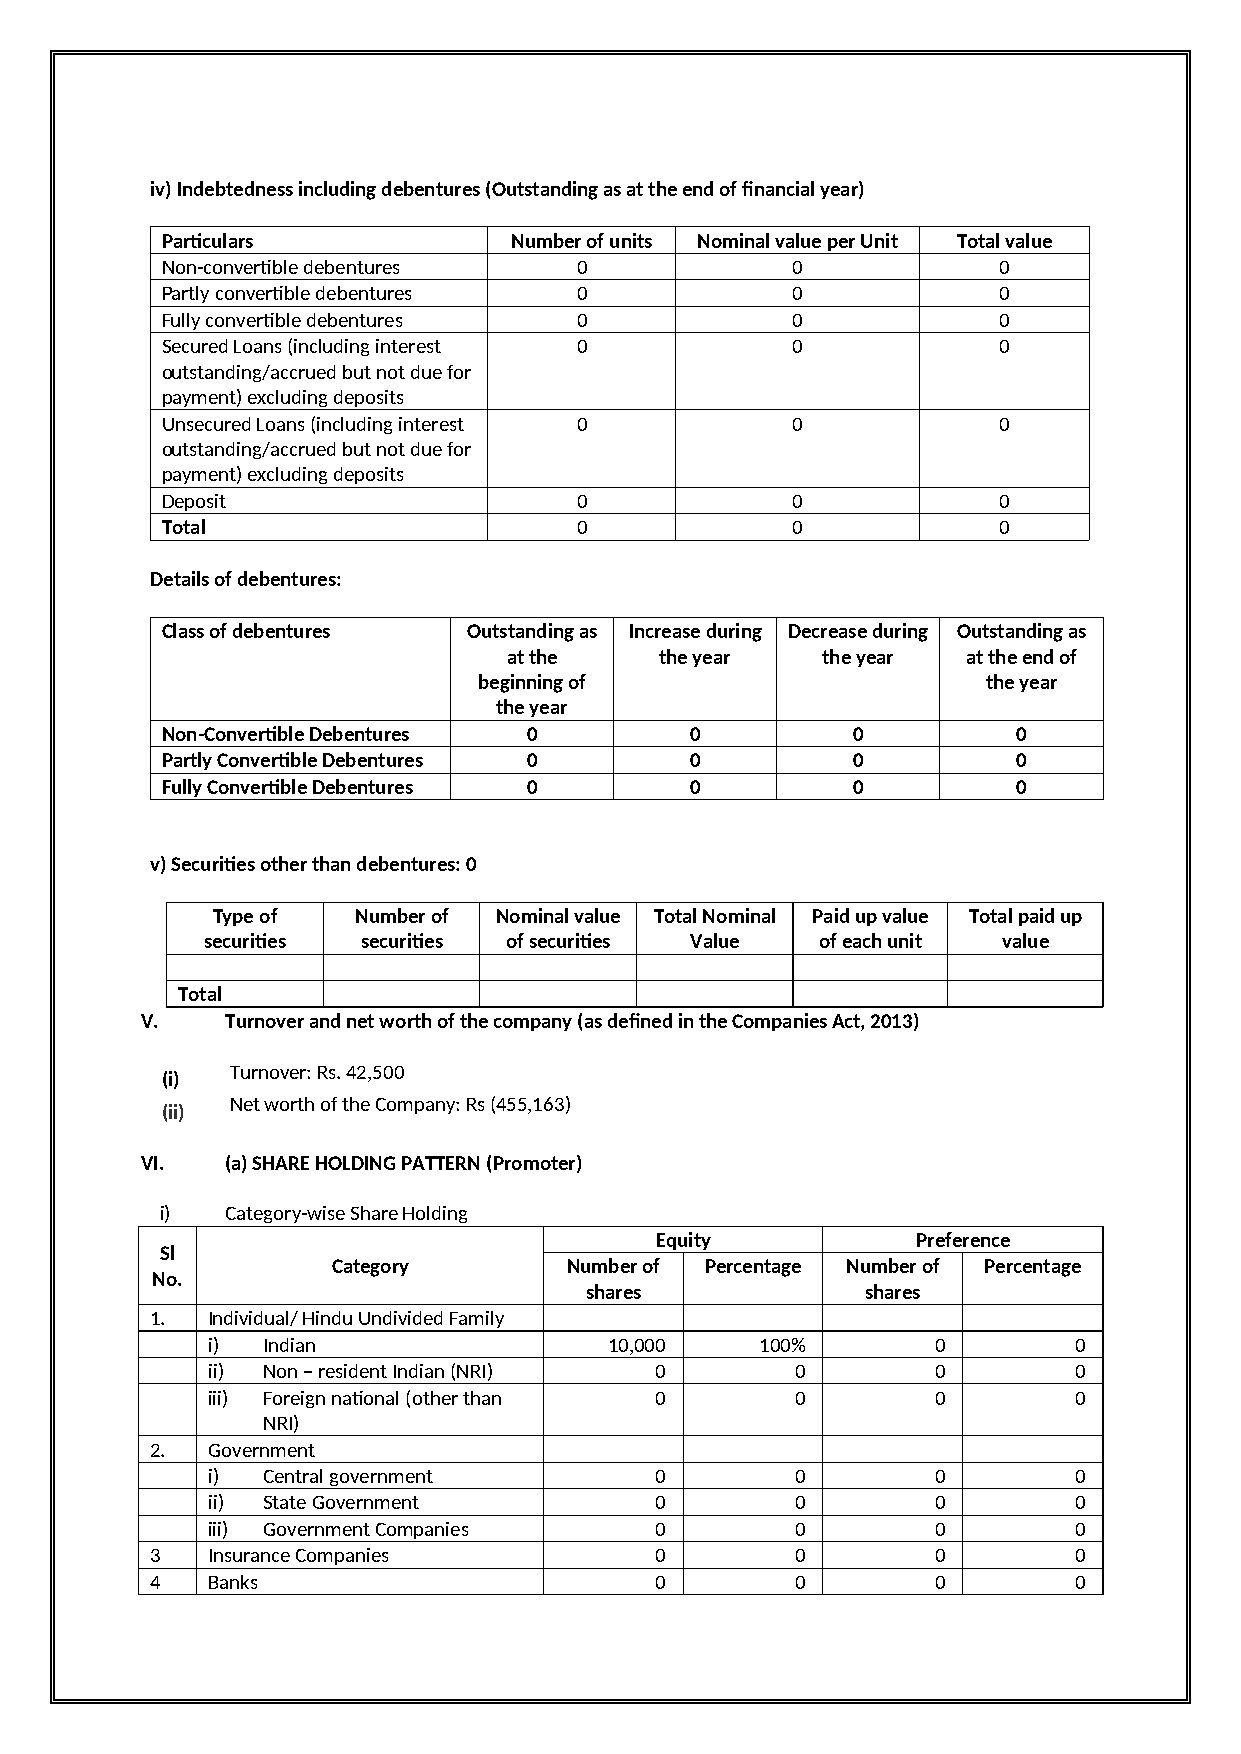
iv) Indebtedness including debentures (Outstanding as at the end of financial year)
 Particulars            Number of units Nominal value per Unit Total value
 Non-convertible debentures 0             0             0
 Partly convertible debentures 0          0             0
 Fully convertible debentures 0           0             0
 Secured Loans (including interest 0      0             0
 outstanding/accrued but not due for
 payment) excluding deposits
 Unsecured Loans (including interest 0    0             0
 outstanding/accrued but not due for
 payment) excluding deposits
 Deposit                    0             0             0
 Total                      0             0             0
 Details of debentures:
 Class of debentures Outstanding as Increase during Decrease during Outstanding as
 at the    the year  the year  at the end of
 beginning of                     the year
 the year
 Non-Convertible Debentures 0       0         0          0
 Partly Convertible Debentures 0    0         0          0
 Fully Convertible Debentures 0     0         0          0
 v) Securities other than debentures: 0
 Type of  Number of Nominal value Total Nominal Paid up value Total paid up
 securities securities of securities Value of each unit value
 Total
 V.    Turnover and net worth of the company (as defined in the Companies Act, 2013)
 Turnover: Rs. 42,500
 (i)
 Net worth of the Company: Rs (455,163)
 (ii)
 VI.   (a) SHARE HOLDING PATTERN (Promoter)
 i)  Category-wise Share Holding
 Equity            Preference
 Sl
 Category        Number of Percentage Number of Percentage
 No.
 shares            shares
 1.  Individual/ Hindu Undivided Family
 i) Indian                 10,000    100%        0        0
 ii) Non – resident Indian (NRI) 0      0        0        0
 iii) Foreign national (other than 0    0        0        0
 NRI)
 2.  Government
 i) Central government        0         0        0        0
 ii) State Government         0         0        0        0
 iii) Government Companies    0         0        0        0
 3   Insurance Companies          0         0        0        0
 4   Banks                        0         0        0        0